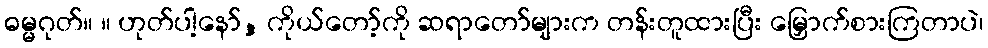
ဓမ္မဂုတ်။ ။ ဟုတ်ပါ့နော်, ကိုယ်တော့်ကို ဆရာတော်များက တန်းတူထားပြီး မြှောက်စားကြတာပဲ၊